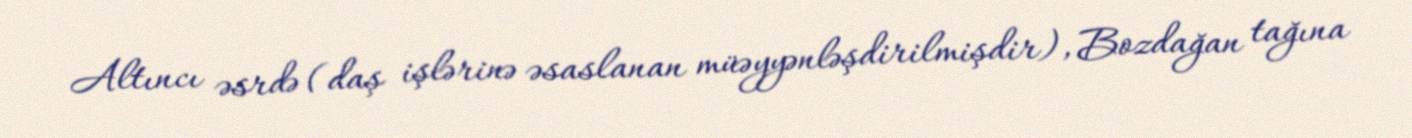
Altıncı əsrdə (daş işlərinə əsaslanan müəyyənləşdirilmişdir), Bozdağan tağına